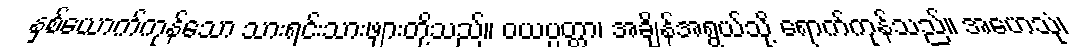
နှစ်ယောက်ကုန်သော သားရင်းသားဖျားတို့သည်။ ဝယပ္ပတ္တာ၊ အချိန်အရွယ်သို့ ရောက်ကုန်သည်။ အဟေသုံ၊